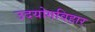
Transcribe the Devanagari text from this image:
उदयोगविहार